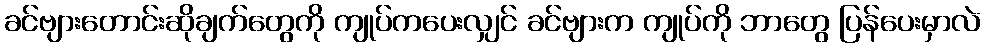
ခင်ဗျားတောင်းဆိုချက်တွေကို ကျုပ်ကပေးလျှင် ခင်ဗျားက ကျုပ်ကို ဘာတွေ ပြန်ပေးမှာလဲ